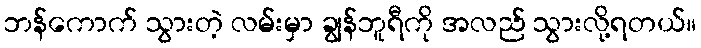
ဘန်ကောက် သွားတဲ့ လမ်းမှာ ချွန်ဘူရီကို အလည် သွားလို့ရတယ်။